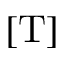
[ \mathrm { T } ]